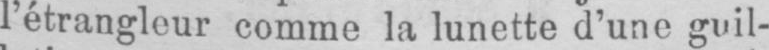
l’étrangleur comme la lunette d’une guil-